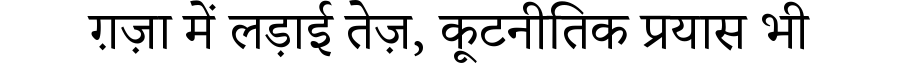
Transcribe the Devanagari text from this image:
ग़ज़ा में लड़ाई तेज़, कूटनीतिक प्रयास भी